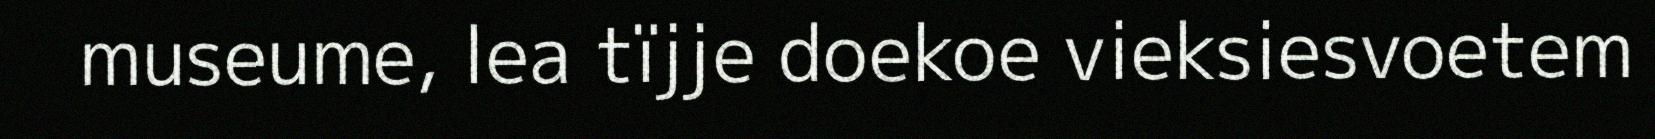
museume, lea tïjje doekoe vieksiesvoetem